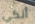
أنكي